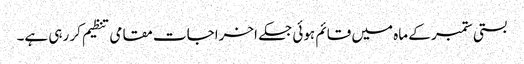
بستی ستمبر کے ماہ میں قائم ہوئی جسکے اخراجات مقامی تنظیم کر رہی ہے۔